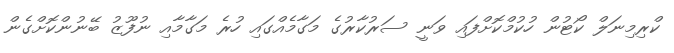
ކްރިމިނަލް ކޯޓުން ހުކުމްކޮށްފައި ވަނީ ސަރުކާރުގެ މަގާމެއްގައި ހުރެ މަގާމާއި ނުފޫޒު ބޭނުންކޮށްގެން